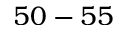
5 0 - 5 5